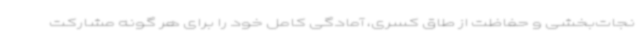
نجات‌بخشی و حفاظت از طاق کسری، آمادگی کامل خود را برای هر گونه مشارکت